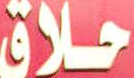
حلاق